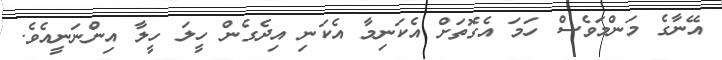
އޭނާގެ މަންމަވެސް ހަމަ އެގޮތަށް އެކަނިމާ އެކަނި އިދެގެން ހީލަ ހީލާ އިންނަނީއެވެ.